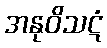
အနုဝိသဋံ